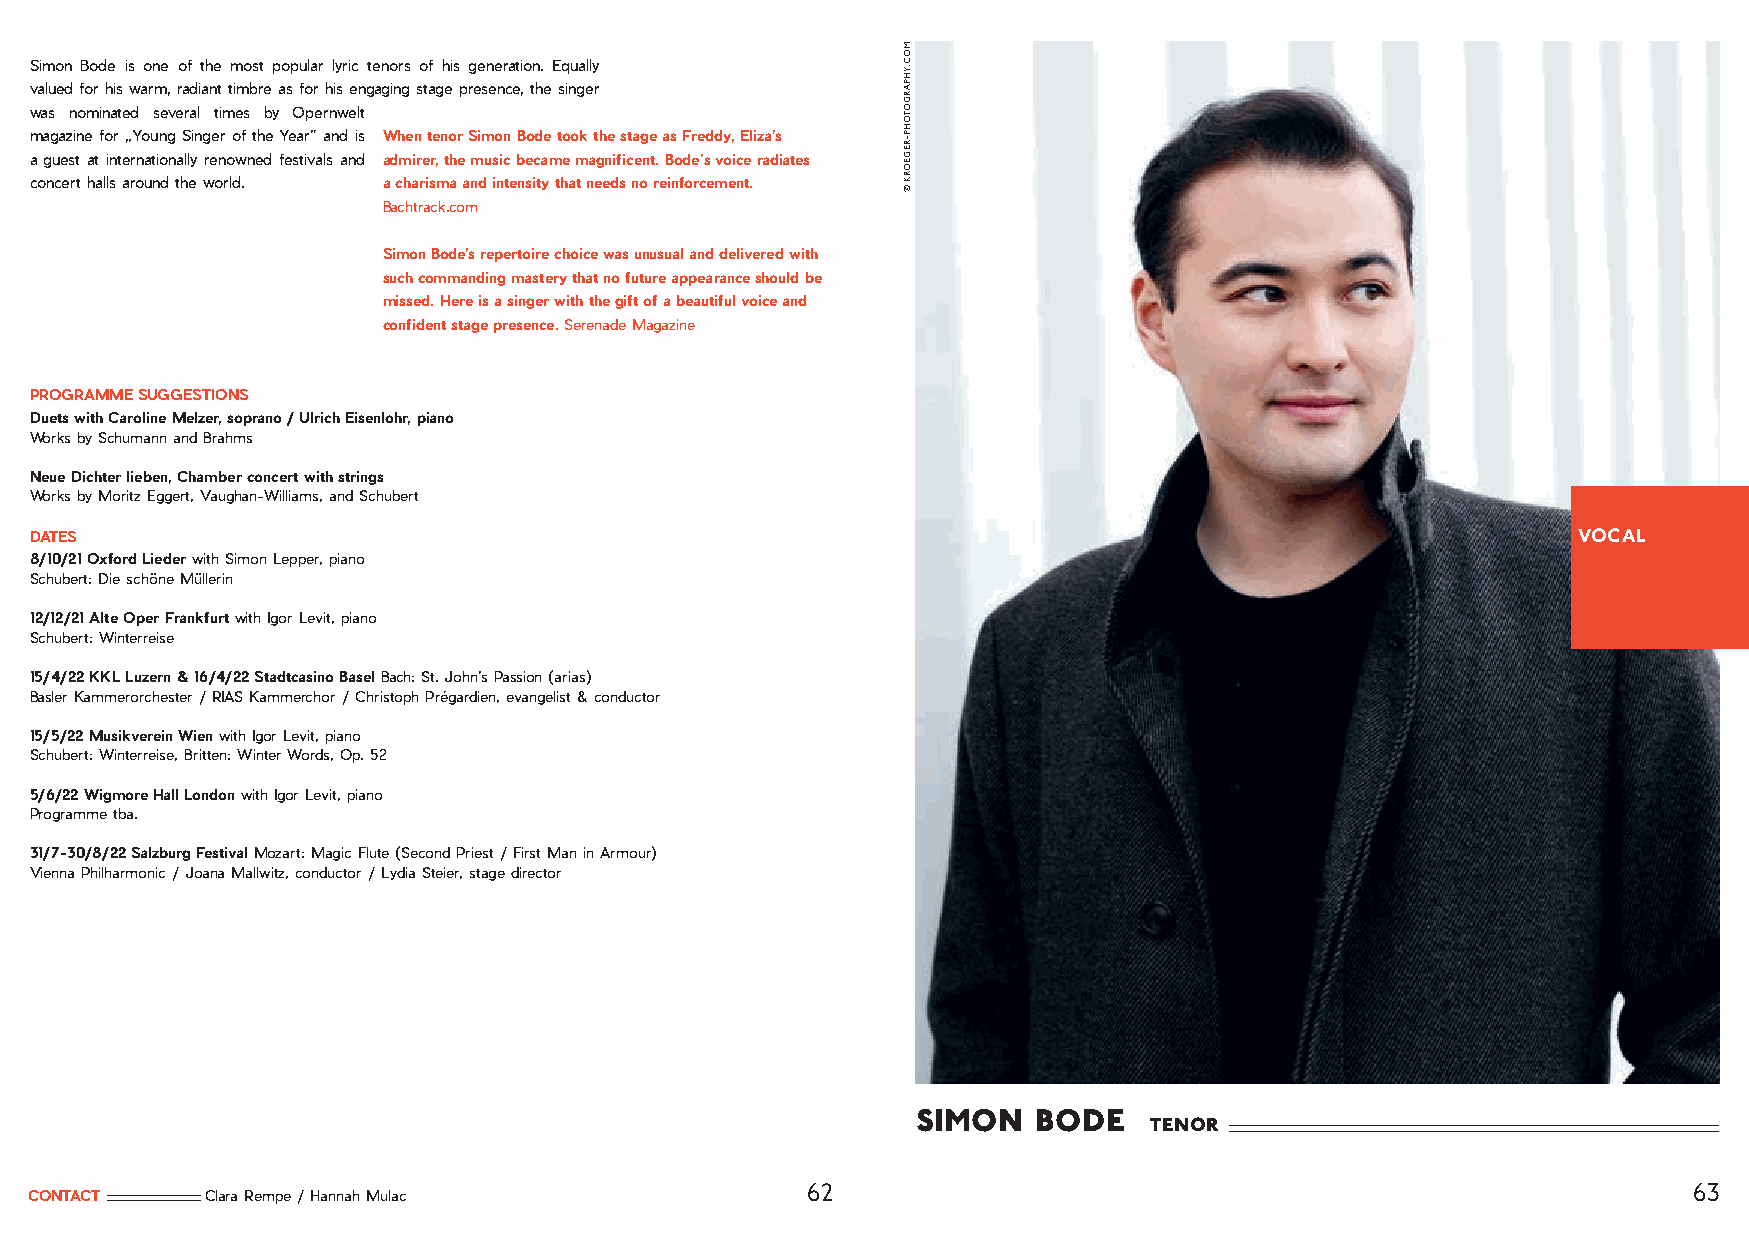
Simon Bode is one of the most popular lyric tenors of his generation. Equally
 valued for his warm, radiant timbre as for his engaging stage presence, the singer
 was nominated several times by Opernwelt
 magazine for „Young Singer of the Year” and is When tenor Simon Bode took the stage as Freddy, Eliza’s
 a guest at internationally renowned festivals and admirer, the music became magnificent. Bode’s voice radiates
 concert halls around the world. a charisma and intensity that needs no reinforcement.
 Bachtrack.com
 Simon Bode’s repertoire choice was unusual and delivered with
 such commanding mastery that no future appearance should be
 missed. Here is a singer with the gift of a beautiful voice and
 confident stage presence. Serenade Magazine
 PROGRAMME SUGGESTIONS
 Duets with Caroline Melzer, soprano / Ulrich Eisenlohr, piano
 Works by Schumann and Brahms
 Neue Dichter lieben, Chamber concert with strings
 Works by Moritz Eggert, Vaughan-Williams, and Schubert
 DATES                                                                                                 VOCAL
 8/10/21 Oxford Lieder with Simon Lepper, piano
 Schubert: Die schöne Müllerin
 12/12/21 Alte Oper Frankfurt with Igor Levit, piano
 Schubert: Winterreise
 15/4/22 KKL Luzern & 16/4/22 Stadtcasino Basel Bach: St. John’s Passion (arias)
 Basler Kammerorchester / RIAS Kammerchor / Christoph Prégardien, evangelist & conductor
 15/5/22 Musikverein Wien with Igor Levit, piano
 Schubert: Winterreise, Britten: Winter Words, Op. 52
 5/6/22 Wigmore Hall London with Igor Levit, piano
 Programme tba.
 31/7-30/8/22 Salzburg Festival Mozart: Magic Flute (Second Priest / First Man in Armour)
 Vienna Philharmonic / Joana Mallwitz, conductor / Lydia Steier, stage director
 simon   bode
 tenor
 62                                                         63
 CONTACT     Clara Rempe / Hannah Mulac
 MOC.YHPARGOTOHP-REGEORK
 ©